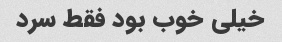
خیلی خوب بود فقط سرد